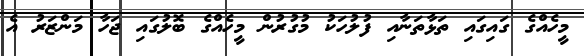
މީހެއްގެ ގައިގައި ތަޅާތަނާއި ފުލުހަކު މުގުރުން މީހެއްގެ ބޮލުގައި ޖަހާ މަންޒަރު އެ